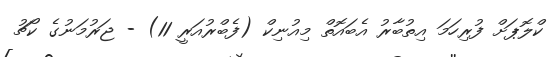
ކްލޮޕަށް ފުރިހަމަ އިތުބާރު އެބައޮތް މިއުނިކް (ފެބްރުއަރީ 11) - ޖަރުމަނުގެ ކޯޗު